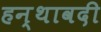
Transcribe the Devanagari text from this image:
हन्थावदी